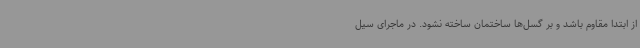
از ابتدا مقاوم باشد و بر گسل‌ها ساختمان ساخته نشود. در ماجرای سیل